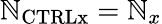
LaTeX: \mathbb{N}_{\mathrm{{{CTRLx}}}}=\mathbb{N}_{x}